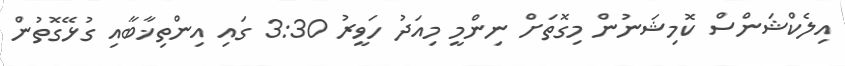
އިލެކްޝަންސް ކޮމިޝަނުން މިގޮތަށް ނިންމީ މިއަދު ހަވީރު 3:30 ގައި އިންތިޚާބާއި ގުޅޭގޮތުން